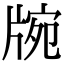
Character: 𤗍